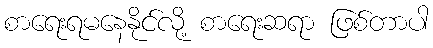
စာရေးရမနေနိုင်လို့ စာရေးဆရာ ဖြစ်တာပါ